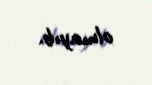
olmayıb.